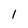
Character: 1